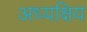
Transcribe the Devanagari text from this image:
अध्यक्षिय